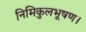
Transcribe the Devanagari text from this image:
निमिकुलभूषण।